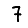
Digit: 7